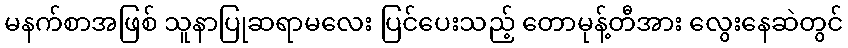
မနက်စာအဖြစ် သူနာပြုဆရာမလေး ပြင်ပေးသည့် တောမုန့်တီအား လွေးနေဆဲတွင်